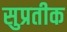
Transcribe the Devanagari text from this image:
सुप्रतीक